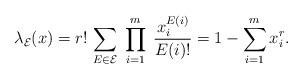
LaTeX: \begin{align*}\lambda_{\mathcal{E}}(x)= r!\,\sum_{E\in \mathcal{E}}\; \prod_{i=1}^m\; \frac{x_i^{E(i)}}{E(i)!}=1-\sum_{i=1}^mx_i^r.\end{align*}